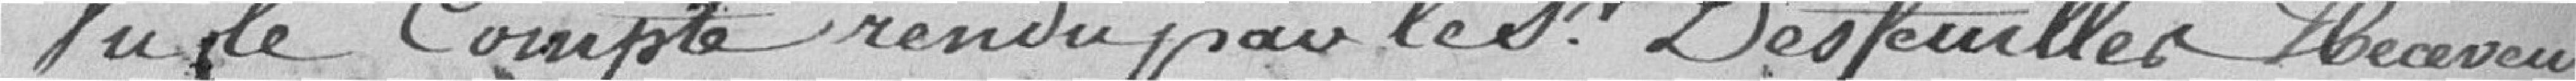
Vu le compte-rendu pour le sieur Desfeuilles,  Receveur